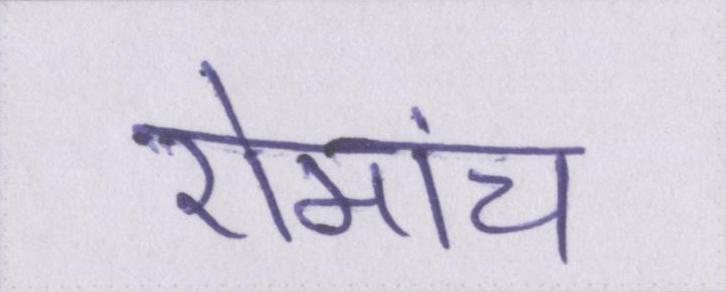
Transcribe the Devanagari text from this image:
रोमांच